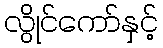
လွိုင်ကော်နှင့်